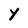
Character: Y